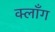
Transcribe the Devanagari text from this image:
क्लाँग